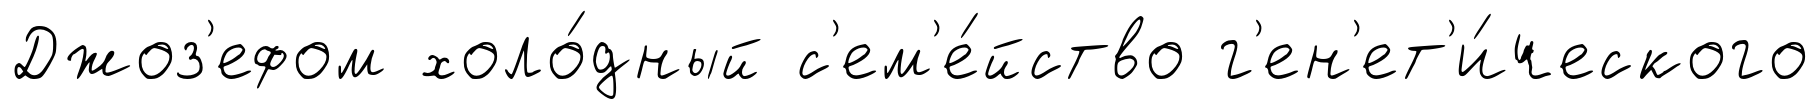
Джоз'ефом холо́дный с'ем'е́йство г'ен'ет'и́ческого